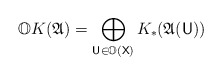
\begin{align*} \mathbb OK(\mathfrak A) = \bigoplus_{\mathsf U\in \mathbb O(\mathsf X)} K_\ast(\mathfrak A(\mathsf U)) \end{align*}